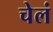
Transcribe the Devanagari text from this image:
चेलं